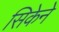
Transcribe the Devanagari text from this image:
सिकेने